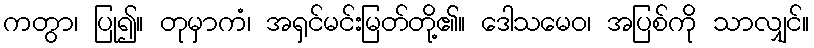
ကတွာ၊ ပြု၍။ တုမှာကံ၊ အရှင်မင်းမြတ်တို့၏။ ဒေါသမေဝ၊ အပြစ်ကို သာလျှင်။